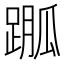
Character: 𨃆